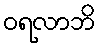
ဝရလာဘိ